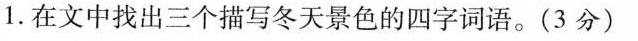
1.在文中找出三个描写冬天景色的四字词语。(3分)